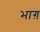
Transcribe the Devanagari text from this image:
भाग़